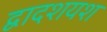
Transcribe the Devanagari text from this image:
द्वादशयश